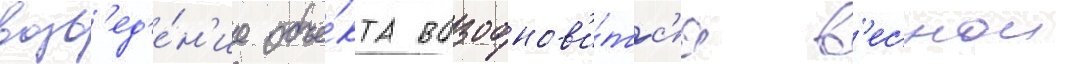
возв'ед'е́н'ие объе́кта возобнов'и́тс'я в'еснои